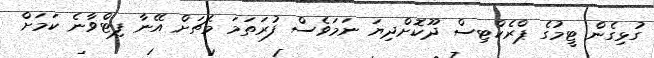
ގުޅިގެން ޓީމުގެ ޕްރެކްޓިސް ދޫކޮށްދިޔަ ނަމަވެސް ފުރަތަމަ މެޗަށް އޭނާ ފިޓްވާނެ ކަމަށް